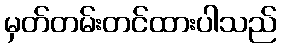
မှတ်တမ်းတင်ထားပါသည်